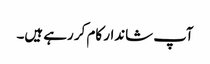
آپ شاندار کام کر رہے ہیں۔